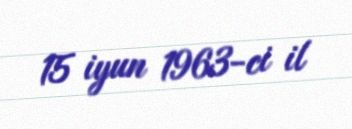
15 iyun 1963-ci il